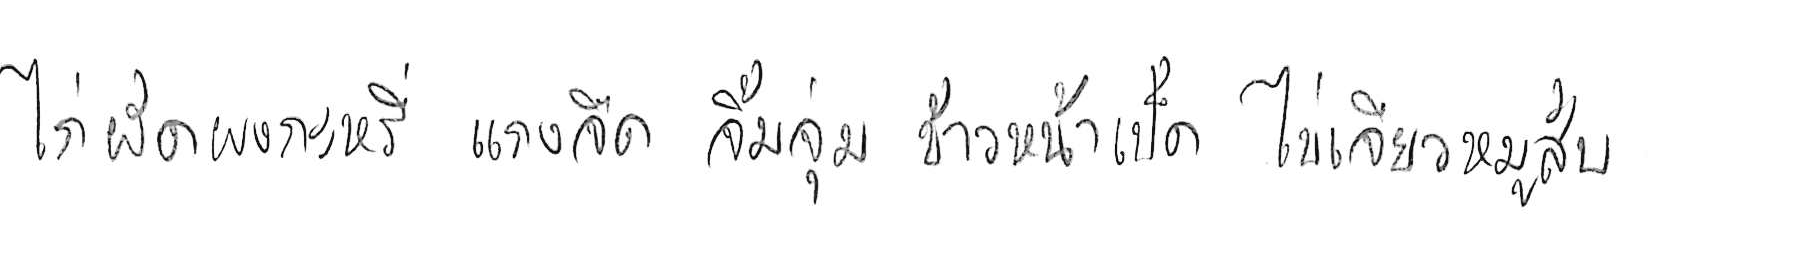
ไก่ผัดผงกะหรี่ แกงจืด จิ้มจุ่ม ข้าวหน้าเป็ด ไข่เจียวหมูสับ